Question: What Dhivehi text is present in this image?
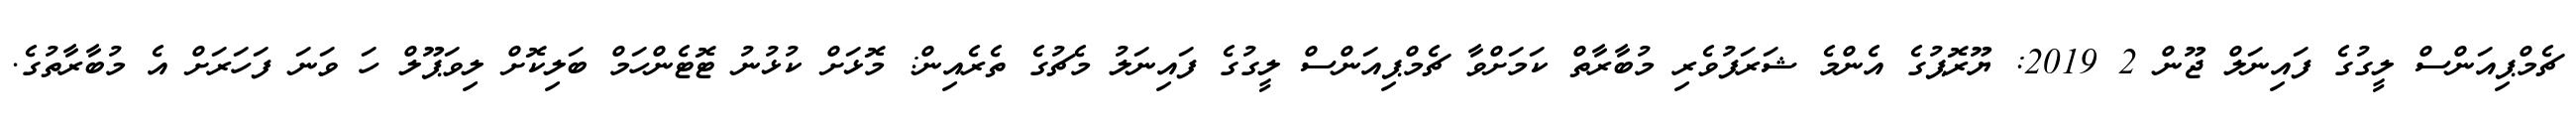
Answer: ޗެމްޕިއަންސް ލީގުގެ ފައިނަލް ޖޫން 2 2019: ޔޫރޮޕުގެ އެންމެ ޝަރަފުވެރި މުބާރާތް ކަމަށްވާ ޗެމްޕިއަންސް ލީގުގެ ފައިނަލު މެޗުގެ ތެރެއިން: މޮޅަށް ކުޅުނު ޓޮޓެންހަމް ބަލިކޮށް ލިވަޕޫލް ހަ ވަނަ ފަހަރަށް އެ މުބާރާތުގެ.